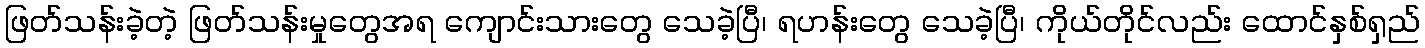
ဖြတ်သန်းခဲ့တဲ့ ဖြတ်သန်းမှုတွေအရ ကျောင်းသားတွေ သေခဲ့ပြီ၊ ရဟန်းတွေ သေခဲ့ပြီ၊ ကိုယ်တိုင်လည်း ထောင်နှစ်ရှည်